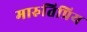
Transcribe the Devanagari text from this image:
मारुतिप्रिय